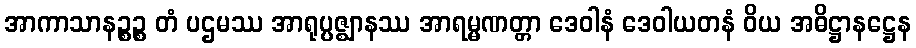
အာကာသာနဉ္စဉ္စ တံ ပဌမဿ အာရုပ္ပဇ္ဈာနဿ အာရမ္မဏတ္တာ ဒေဝါနံ ဒေဝါယတနံ ဝိယ အဓိဋ္ဌာနဋ္ဌေန